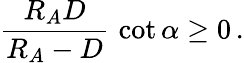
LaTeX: {\frac{R_{A}D}{R_{A}-D}}\, \cot\alpha\ge 0\, .